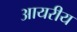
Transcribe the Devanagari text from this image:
आयरीय